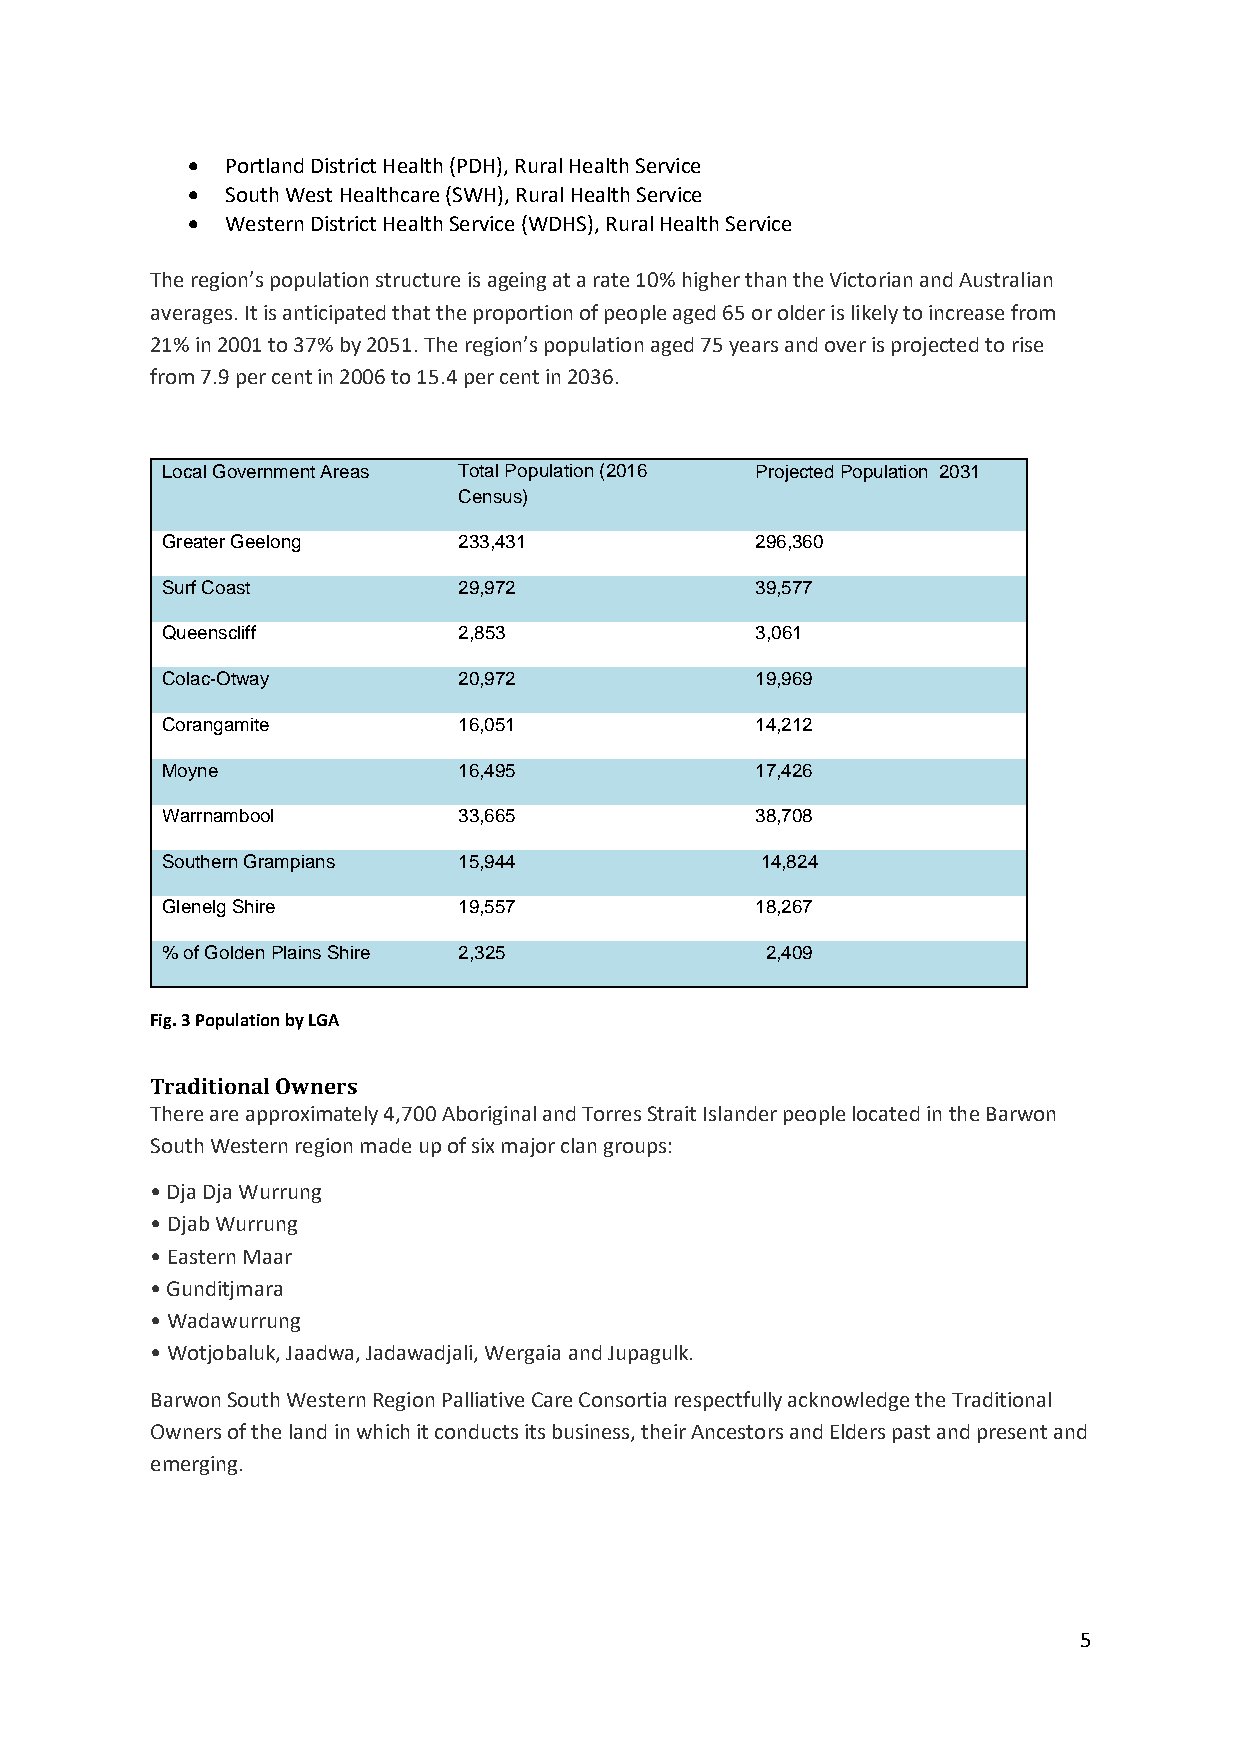
  Portland District Health (PDH), Rural Health Service
   South West Healthcare (SWH), Rural Health Service
   Western District Health Service (WDHS), Rural Health Service
 The region’s population structure is ageing at a rate 10% higher than the Victorian and Australian
 averages. It is anticipated that the proportion of people aged 65 or older is likely to increase from
 21% in 2001 to 37% by 2051. The region’s population aged 75 years and over is projected to rise
 from 7.9 per cent in 2006 to 15.4 per cent in 2036.
 Local Government Areas Total Population (2016 Projected Population 2031
 Census)
 Greater Geelong    233,431             296,360
 Surf Coast         29,972              39,577
 Queenscliff        2,853               3,061
 Colac-Otway        20,972              19,969
 Corangamite        16,051              14,212
 Moyne              16,495              17,426
 Warrnambool        33,665              38,708
 Southern Grampians 15,944              14,824
 Glenelg Shire      19,557              18,267
 % of Golden Plains Shire 2,325          2,409
 Fig. 3 Population by LGA
 Traditional Owners
 There are approximately 4,700 Aboriginal and Torres Strait Islander people located in the Barwon
 South Western region made up of six major clan groups:
 • Dja Dja Wurrung
 • Djab Wurrung
 • Eastern Maar
 • Gunditjmara
 • Wadawurrung
 • Wotjobaluk, Jaadwa, Jadawadjali, Wergaia and Jupagulk.
 Barwon South Western Region Palliative Care Consortia respectfully acknowledge the Traditional
 Owners of the land in which it conducts its business, their Ancestors and Elders past and present and
 emerging.
 5